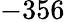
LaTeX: -356